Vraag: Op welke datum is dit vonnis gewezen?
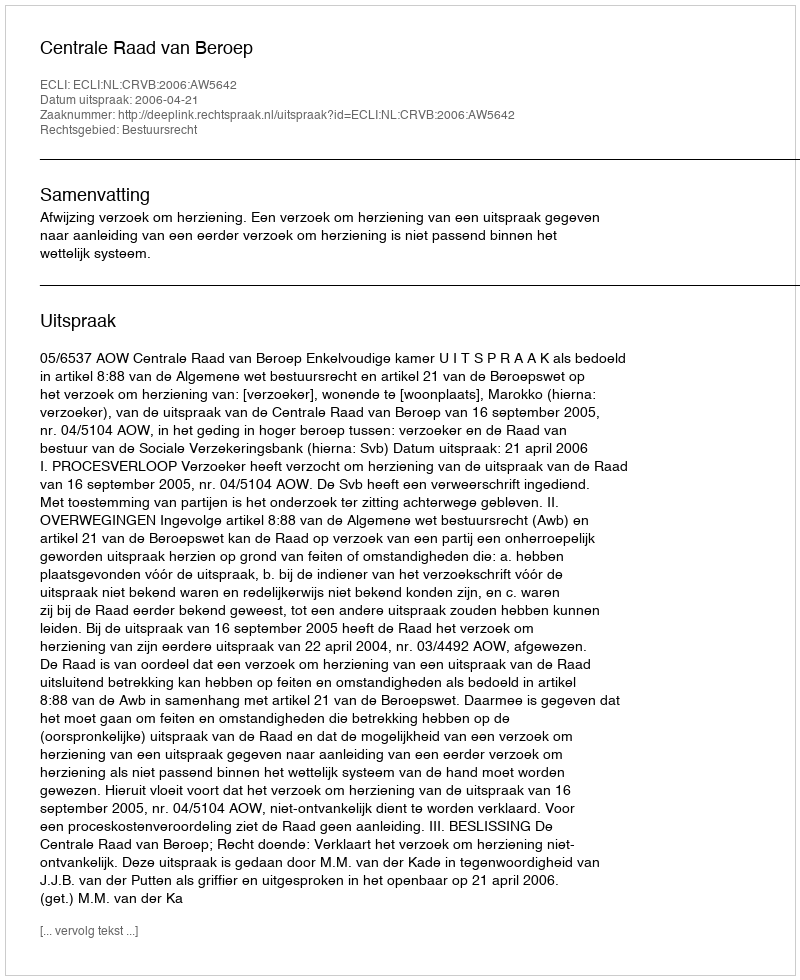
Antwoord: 2006-04-21